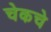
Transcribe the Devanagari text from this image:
चेकचे